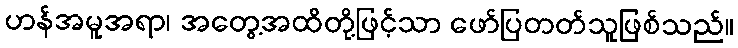
ဟန်အမူအရာ၊ အတွေ့အထိတို့ဖြင့်သာ ဖော်ပြတတ်သူဖြစ်သည်။